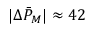
| \Delta \bar { P } _ { M } | \approx 4 2 \